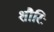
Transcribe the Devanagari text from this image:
शौरिः